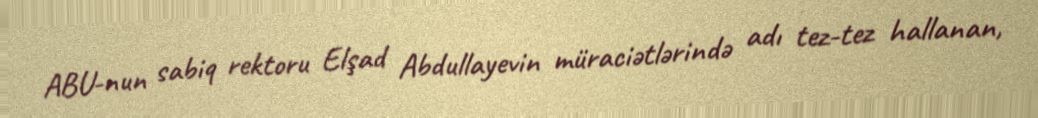
ABU-nun sabiq rektoru Elşad Abdullayevin müraciətlərində adı tez-tez hallanan,